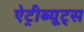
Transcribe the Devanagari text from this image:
ऐट्रीब्यूट्स